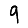
Digit: 9